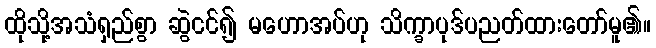
ထိုသို့အသံရှည်စွာ ဆွဲငင်၍ မဟောအပ်ဟု သိက္ခာပုဒ်ပညတ်ထားတော်မူ၏။